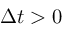
\Delta t > 0